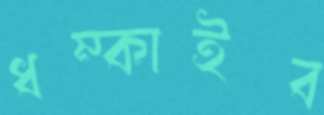
ধম্‌কাইব